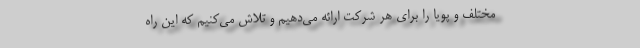
مختلف و پویا را برای هر شرکت ارائه می‌دهیم و تلاش می‌کنیم که این راه